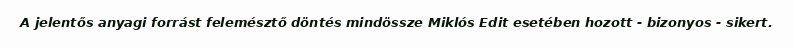
A jelentős anyagi forrást felemésztő döntés mindössze Miklós Edit esetében hozott - bizonyos - sikert.